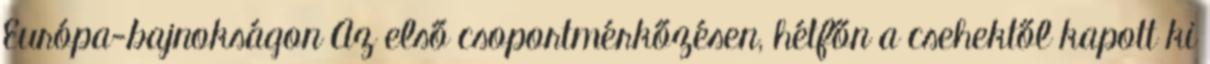
Európa-bajnokságon Az első csoportmérkőzésen, hétfőn a csehektől kapott ki